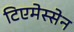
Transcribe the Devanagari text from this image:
टिएमेस्सेन